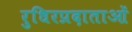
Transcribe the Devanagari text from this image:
रुधिरप्रदाताओं